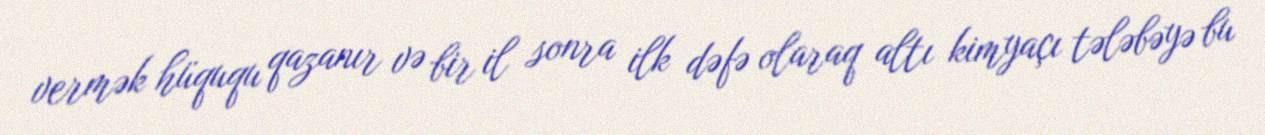
vermək hüququ qazanır və bir il sonra ilk dəfə olaraq altı kimyaçı tələbəyə bu